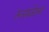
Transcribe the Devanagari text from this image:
रूसवेल्ट